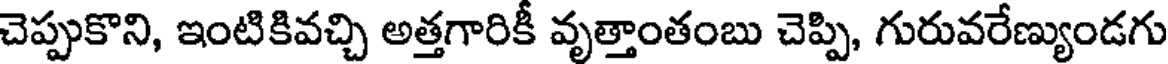
చెప్పుకొని, ఇంటికివచ్చి అత్తగారికీ వృత్తాంతంబు చెప్పి, గురువరేణ్యుండగు